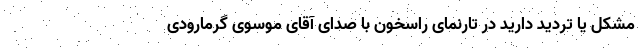
مشکل یا تردید دارید در تارنمای راسخون با صدای آقای موسوی گرمارودی